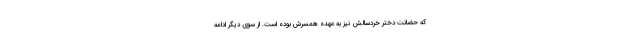
که حضانت دختر خردسالش نیز به عهده همسرش بوده است. از سوی دیگر ادامه